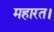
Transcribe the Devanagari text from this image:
महारत।